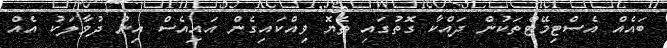
ބައެއް އެސްޓިމޭޓްތަކުން ދައްކާ ގޮތުގައި ތެޔޮ ވިއްކައިގެން އައިއެސް އިން ދުވާލަކު އެއް